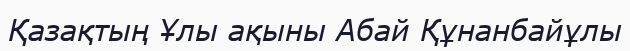
Қазақтың Ұлы ақыны Абай Құнанбайұлы